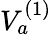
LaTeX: V_{a}^{(1)}